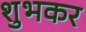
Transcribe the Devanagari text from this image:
शुभकर